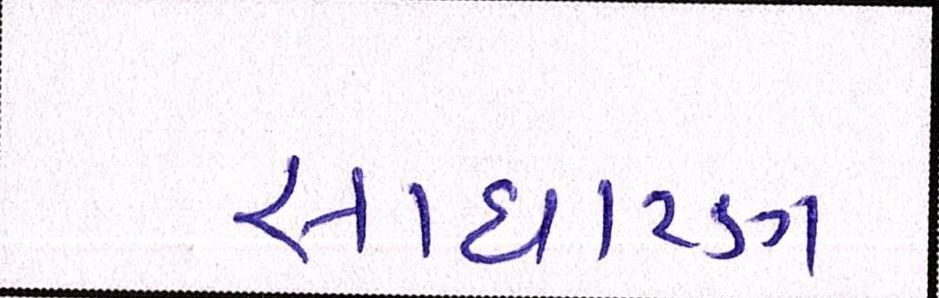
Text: સાધારણ